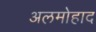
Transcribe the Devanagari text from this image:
अलमोहाद